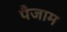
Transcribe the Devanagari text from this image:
पैजाम